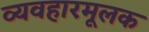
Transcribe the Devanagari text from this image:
व्यवहारमूलक